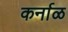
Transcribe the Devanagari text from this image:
कर्नाळ